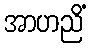
အာဟညိံ